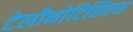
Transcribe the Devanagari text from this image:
टेलीनोटिसिएस